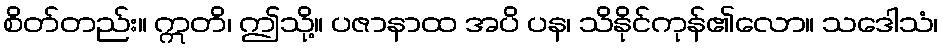
စိတ်တည်း။ ဣတိ၊ ဤသို့။ ပဇာနာထ အပိ ပန၊ သိနိုင်ကုန်၏လော။ သဒေါသံ၊